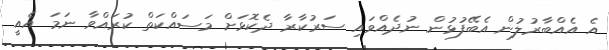
އެ އެއްބާރުލުން އެބޭފުޅުން ނުދެއްވައި ސަރުކާރާ ދެކޮޅަށް މަސައްކަތް ކުރައްވާ ނަމަ އެއީ